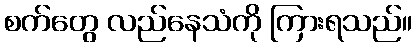
စက်တွေ လည်နေသံကို ကြားရသည်။